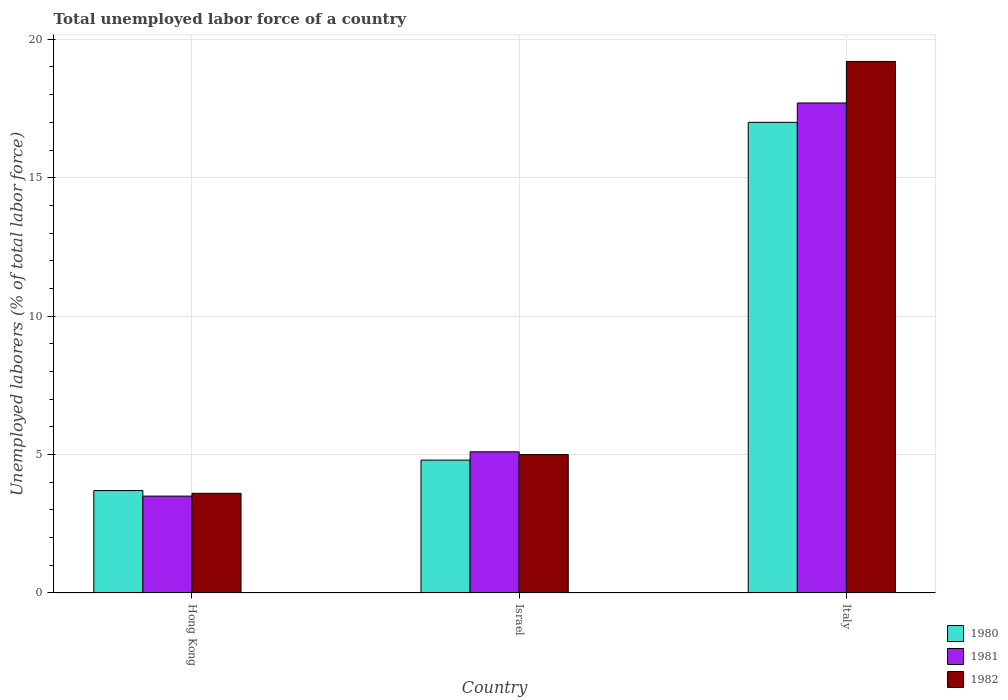
| Country | 1980 | 1981 | 1982 |
 | --- | --- | --- | --- |
 | Hong Kong | 3.7 | 3.5 | 3.6 |
 | Israel | 4.8 | 5.1 | 5 |
 | Italy | 17 | 17.7 | 19.2 |